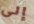
إلى